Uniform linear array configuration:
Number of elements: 48
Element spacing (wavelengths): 1
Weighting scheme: cosine
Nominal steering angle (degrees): -60
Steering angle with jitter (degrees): -59.746
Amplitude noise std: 0.05
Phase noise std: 0.05

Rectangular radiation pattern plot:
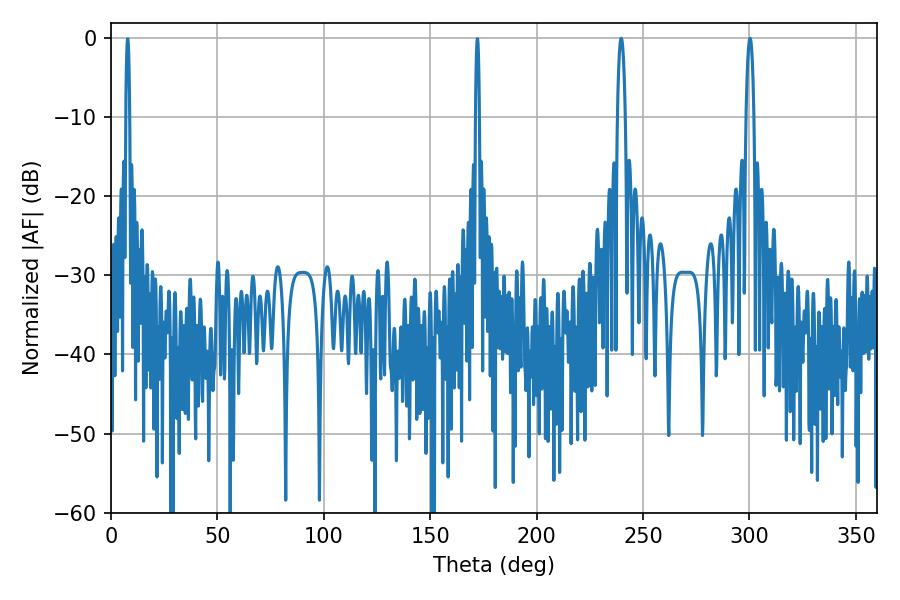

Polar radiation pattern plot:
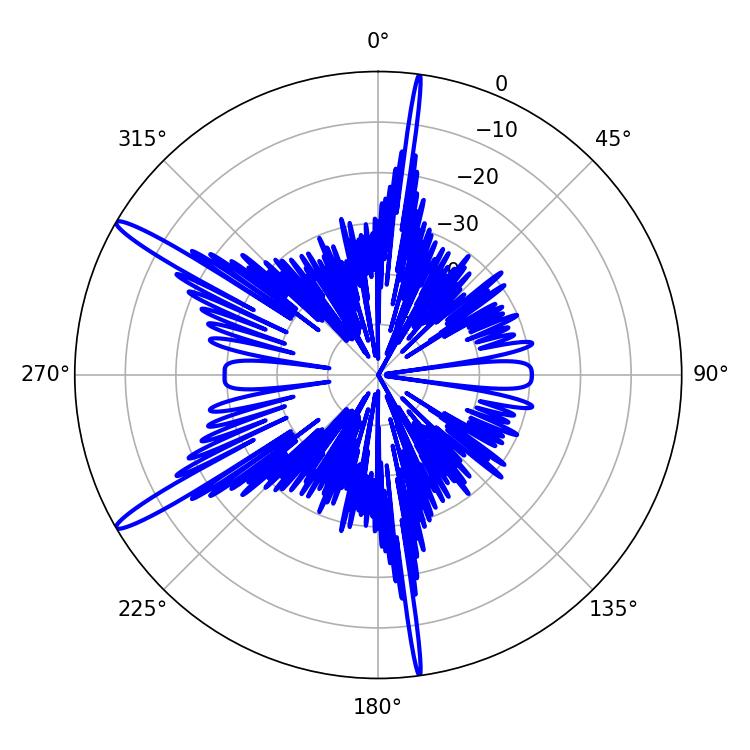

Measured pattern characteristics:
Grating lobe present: TRUE
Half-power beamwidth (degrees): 2.16
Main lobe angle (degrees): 239.76